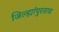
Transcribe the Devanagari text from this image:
जिल्ह्यांपुरताच